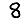
Digit: 8